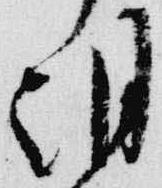
朝